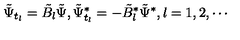
\tilde { \Psi } _ { t _ { l } } = \tilde { B } _ { l } \tilde { \Psi } , \tilde { \Psi } _ { t _ { l } } ^ { * } = - \tilde { B } _ { l } ^ { * } \tilde { \Psi } ^ { * } , l = 1 , 2 , \cdots